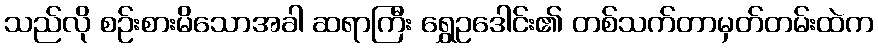
သည်လို စဉ်းစားမိသောအခါ ဆရာကြီး ရွှေဥဒေါင်း၏ တစ်သက်တာမှတ်တမ်းထဲက